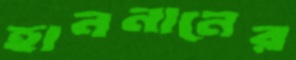
হাননানের